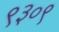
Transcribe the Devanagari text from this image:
९३०९